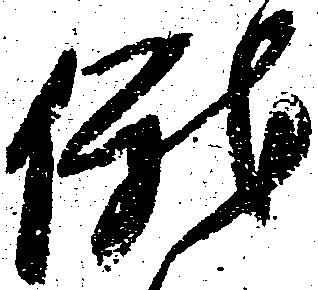
俄